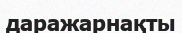
даражарнақты